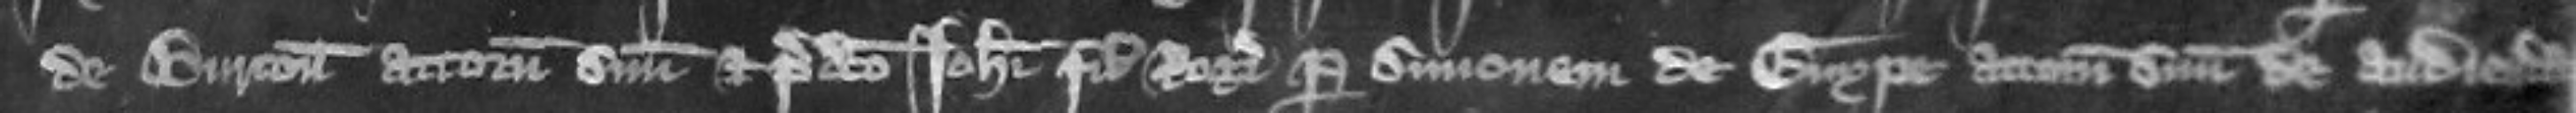
de Burton attornatum suum et predicto Johanni filio Rogeri per Simonem de Enype attornatum suum de audienda